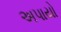
અપાયો